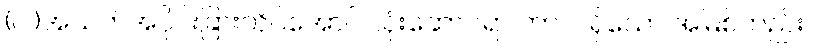
(ဝါ)အသက်အပိုင်းခြားတိုင်အောင် သုံးဆောင်ရာ ကာလရှိသော အမြစ်တည်း။